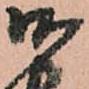
御